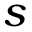
s